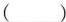
()